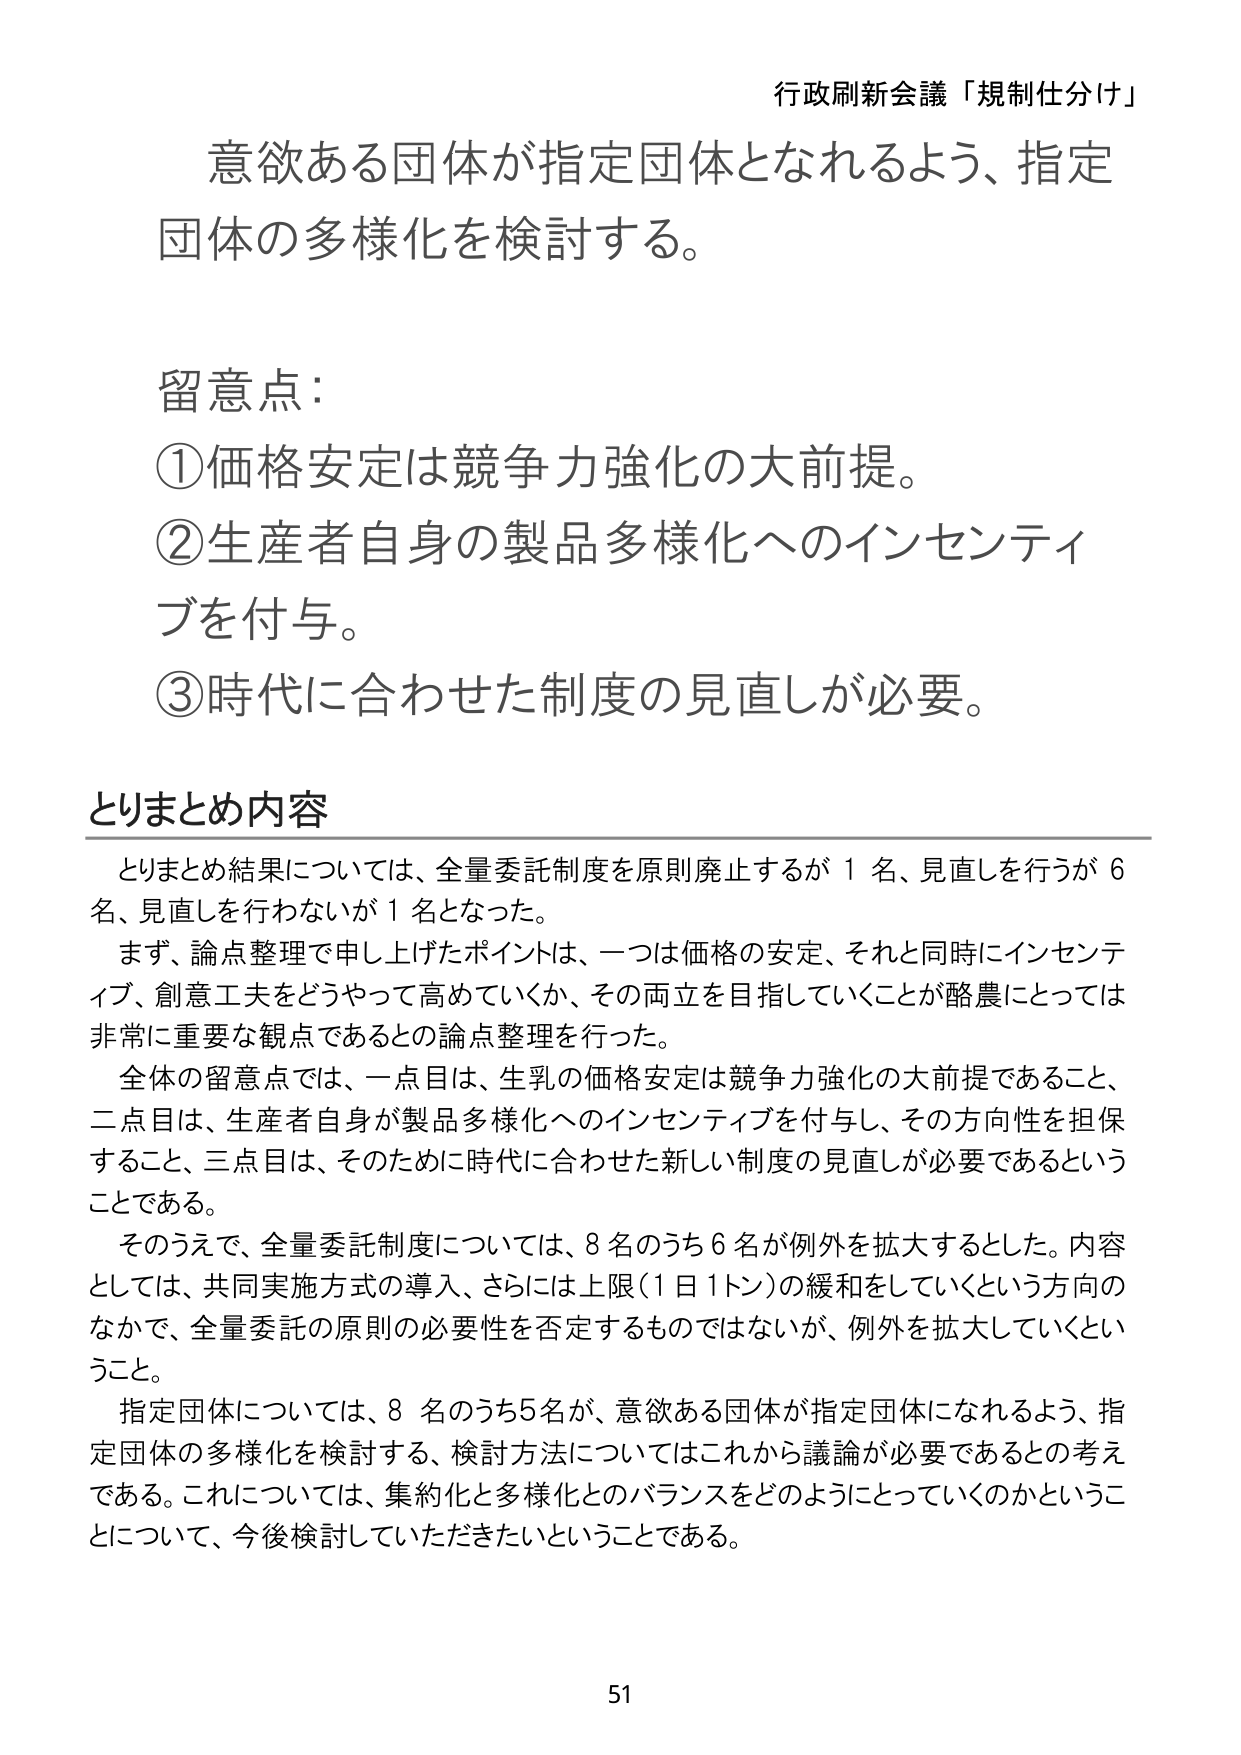
行政刷新会議「規制仕分け」

意欲ある団体が指定団体となれるよう、指定
団体の多様化を検討する。

留意点：
①価格安定は競争力強化の大前提。
②生産者自身の製品多様化へのインセンティブを付与。
③時代に合わせた制度の見直しが必要。

とりまとめ内容
　とりまとめ結果については、全量委託制度を原則廃止するが１名、見直しを行うが６
名、見直しを行わないが１名となった。
　まず、論点整理で申し上げたポイントは、一つは価格の安定、それと同時にインセンテ
イブ、創意工夫をどうやって高めていくか、その両立を目指していくことが酪農にとっては
非常に重要な観点であるとの論点整理を行った。
　全体の留意点では、一点目は、生乳の価格安定は競争力強化の大前提であること、
二点目は、生産者自身が製品多様化へのインセンティブを付与し、その方向性を担保
すること、三点目は、そのために時代に合わせた新しい制度の見直しが必要であるという
ことである。
　そのうえで、全量委託制度については、８名のうち６名が例外を拡大するとした。内容
としては、共同実施方式の導入、さらには上限（１日１トン）の緩和をしていくという方向の
なかで、全量委託の原則の必要性を否定するものではないが、例外を拡大していくとい
うこと。
　指定団体については、８名のうち５名が、意欲ある団体が指定団体になれるよう、指
定団体の多様化を検討する、検討方法についてはこれから議論が必要であるとの考え
である。これについては、集約化と多様化とのバランスをどのようにとっていくのかというこ
とについて、今後検討していただきたいということである。

51